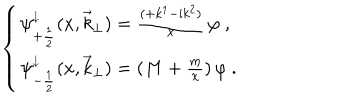
LaTeX: \left\{ \begin{array} { l } { { \psi _ { + \frac { 1 } { 2 } } ^ { \downarrow } ( x , { \vec { k } } _ { \perp } ) = \frac { ( + k ^ { 1 } - { \mathrm i } k ^ { 2 } ) } { x } \, \varphi \ , } } \\ { { \psi _ { - \frac { 1 } { 2 } } ^ { \downarrow } ( x , { \vec { k } } _ { \perp } ) = ( M + \frac { m } { x } ) \, \varphi \ . } } \\ \end{array} \right.